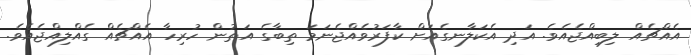
އެއްޗެއް ލިބިއްޖެއެވެ. އަދި އެކަލާނގެއަށް ކާފަރުވެއްޖެނަމަ ތިބާގެ އަތުން ހުރިހާ އެއްޗެއް ގެއްލިއްޖެއެވެ.